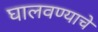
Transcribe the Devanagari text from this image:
घालवण्याचे